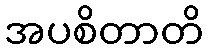
အပစိတာတိ